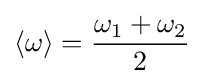
\langle \omega \rangle ={\frac {\omega _{1}+\omega _{2}}{2}}\,\!